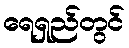
ရေရှည်တွင်